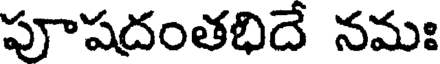
పూషదంతభిదే నమః